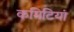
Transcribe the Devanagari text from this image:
कमिटियां